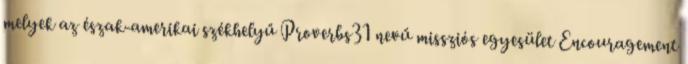
melyek az észak-amerikai székhelyű Proverbs31 nevű missziós egyesület Encouragement